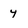
Character: 4